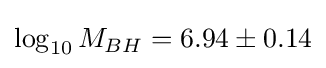
\log _{10}M_{BH}=6.94\pm 0.14